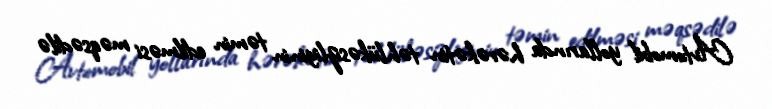
Avtomobil yollarında hərəkətin təhlükəsizliyinin təmin edilməsi məqsədilə